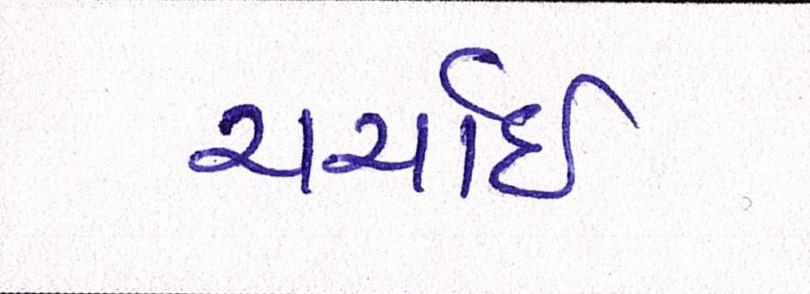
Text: ચર્ચાઇ